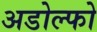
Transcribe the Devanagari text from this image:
अडोल्फो